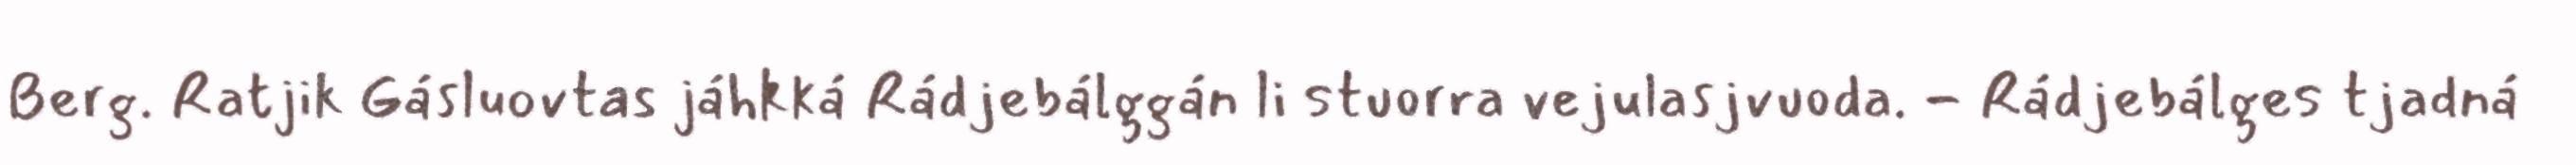
Berg. Ratjik Gásluovtas jáhkká Rádjebálggán li stuorra vejulasjvuoda. - Rádjebálges tjadná